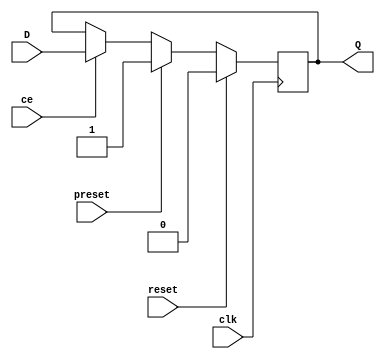
module d_ff (
    input wire D,         // Data input
    input wire clk,       // Clock input
    input wire reset,     // Reset input
    input wire preset,    // Preset input
    input wire ce,        // Clock enable input
    output reg Q          // Output
);

always @(posedge clk) begin
    if (reset) begin
        Q <= 1'b0;       // Initialize output to 0 when reset is active
    end else if (preset) begin
        Q <= 1'b1;       // Set output to 1 when preset is active
    end else if (ce) begin
        Q <= D;          // Update output based on data input when clock enable is active
    end
end

endmodule